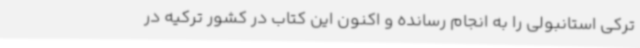
ترکی استانبولی را به انجام رسانده و اکنون این کتاب در کشور ترکیه در